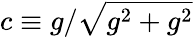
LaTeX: c\equiv g/\sqrt{g^{2}+g^{2}}